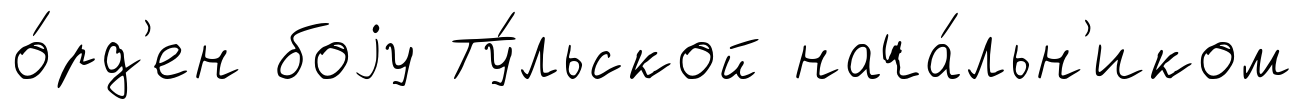
о́рд'ен боjу Ту́льской нача́льн'иком